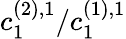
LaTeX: c_{1}^{(2),1}/c_{1}^{(1),1}